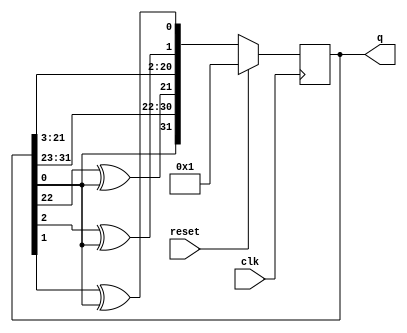
module top_module(
    input clk,
    input reset,    // Active-high synchronous reset to 32'h1
    output [31:0] q
); 
    reg [31:0] q_next;

	always @(*) begin
        q_next = q[31:1];	// Shift all the bits. 
        q_next[31] = q[0];	
        q_next[21] = q[22] ^ q[0];
        q_next[1] = q[2] ^ q[0];
        q_next[0] = q[1] ^ q[0];
	end
    
    always @(posedge clk) begin
        if (reset)
            q <= 32'h1;
        else
            q <= q_next;
    end
    

endmodule